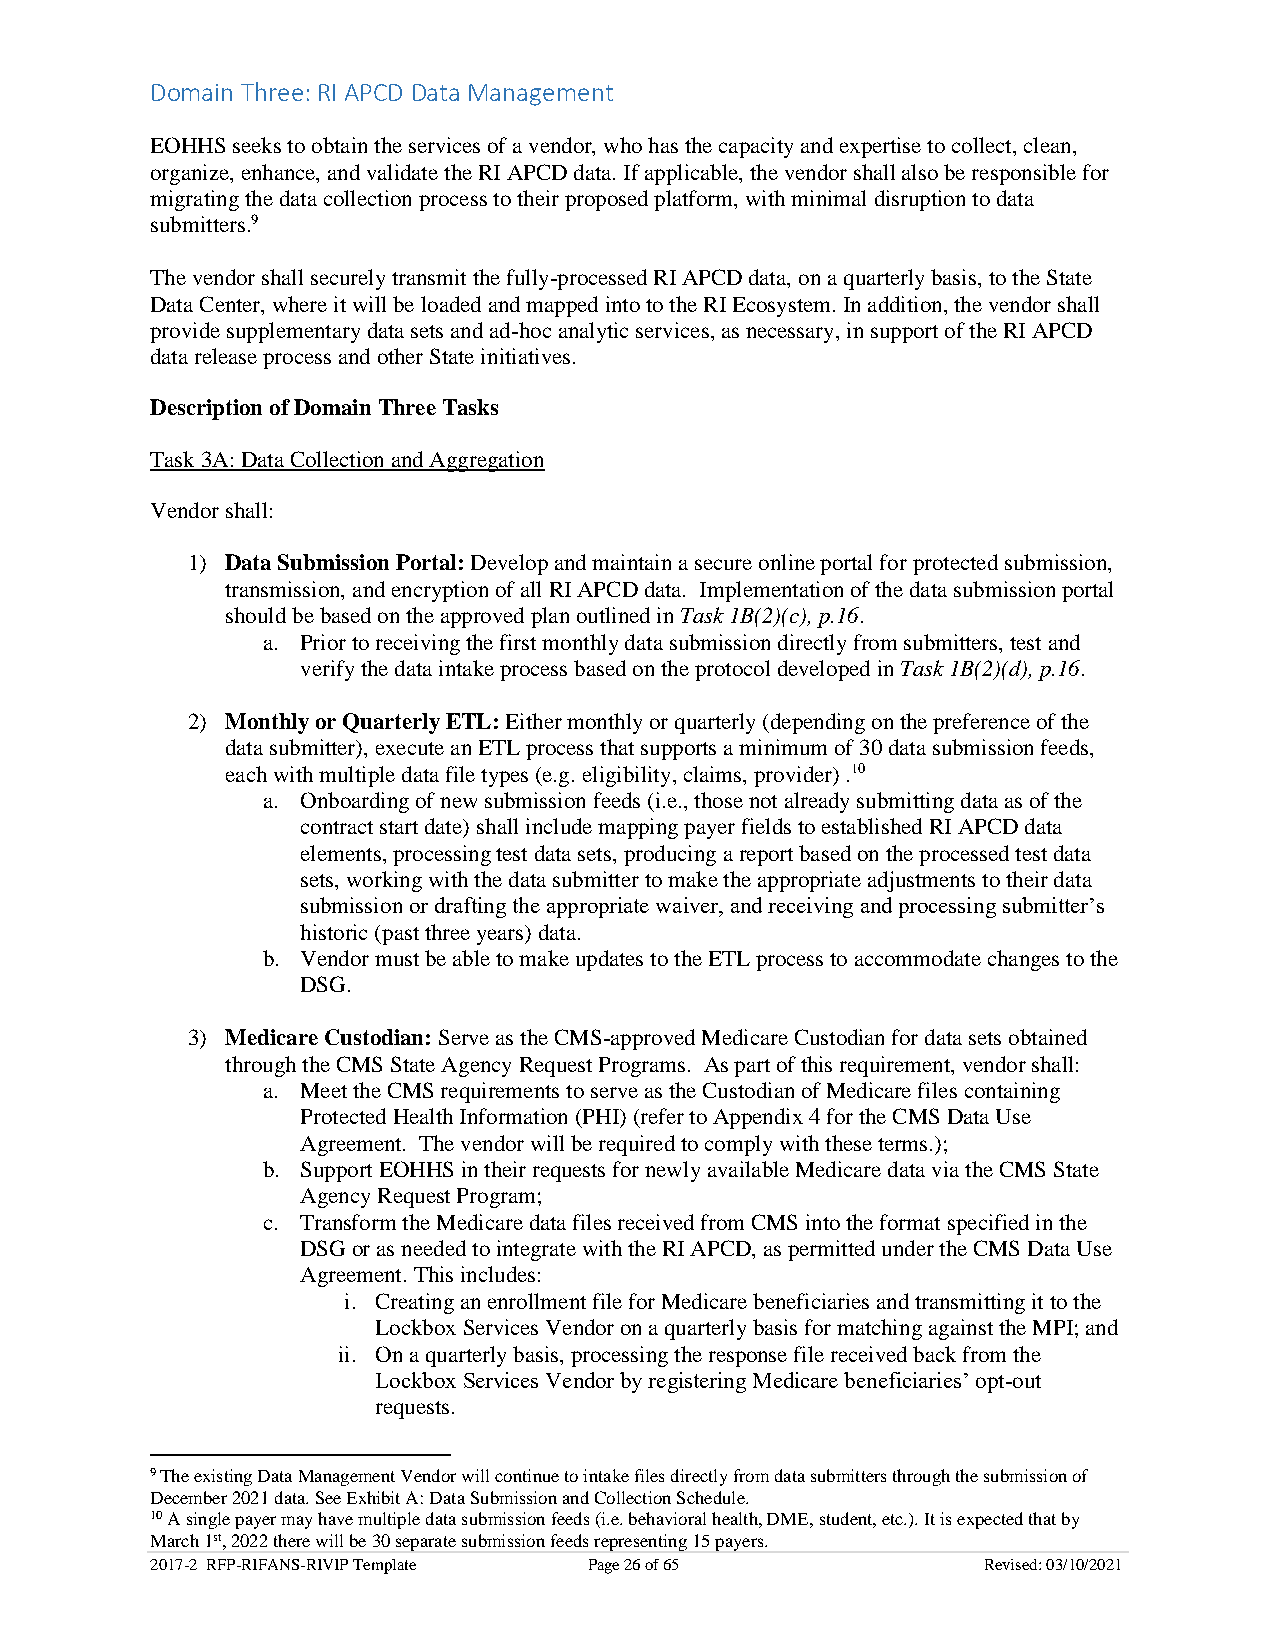
Domain Three: RI APCD Data Management
 EOHHS seeks to obtain the services of a vendor, who has the capacity and expertise to collect, clean,
 organize, enhance, and validate the RI APCD data. If applicable, the vendor shall also be responsible for
 migrating the data collection process to their proposed platform, with minimal disruption to data
 submitters.9
 The vendor shall securely transmit the fully-processed RI APCD data, on a quarterly basis, to the State
 Data Center, where it will be loaded and mapped into to the RI Ecosystem. In addition, the vendor shall
 provide supplementary data sets and ad-hoc analytic services, as necessary, in support of the RI APCD
 data release process and other State initiatives.
 Description of Domain Three Tasks
 Task 3A: Data Collection and Aggregation
 Vendor shall:
 1) Data Submission Portal: Develop and maintain a secure online portal for protected submission,
 transmission, and encryption of all RI APCD data. Implementation of the data submission portal
 should be based on the approved plan outlined in Task 1B(2)(c), p.16.
 a. Prior to receiving the first monthly data submission directly from submitters, test and
 verify the data intake process based on the protocol developed in Task 1B(2)(d), p.16.
 2) Monthly or Quarterly ETL: Either monthly or quarterly (depending on the preference of the
 data submitter), execute an ETL process that supports a minimum of 30 data submission feeds,
 each with multiple data file types (e.g. eligibility, claims, provider) .10
 a. Onboarding of new submission feeds (i.e., those not already submitting data as of the
 contract start date) shall include mapping payer fields to established RI APCD data
 elements, processing test data sets, producing a report based on the processed test data
 sets, working with the data submitter to make the appropriate adjustments to their data
 submission or drafting the appropriate waiver, and receiving and processing submitter’s
 historic (past three years) data.
 b. Vendor must be able to make updates to the ETL process to accommodate changes to the
 DSG.
 3) Medicare Custodian: Serve as the CMS-approved Medicare Custodian for data sets obtained
 through the CMS State Agency Request Programs. As part of this requirement, vendor shall:
 a. Meet the CMS requirements to serve as the Custodian of Medicare files containing
 Protected Health Information (PHI) (refer to Appendix 4 for the CMS Data Use
 Agreement. The vendor will be required to comply with these terms.);
 b. Support EOHHS in their requests for newly available Medicare data via the CMS State
 Agency Request Program;
 c. Transform the Medicare data files received from CMS into the format specified in the
 DSG or as needed to integrate with the RI APCD, as permitted under the CMS Data Use
 Agreement. This includes:
 i. Creating an enrollment file for Medicare beneficiaries and transmitting it to the
 Lockbox Services Vendor on a quarterly basis for matching against the MPI; and
 ii. On a quarterly basis, processing the response file received back from the
 Lockbox Services Vendor by registering Medicare beneficiaries’ opt-out
 requests.
 9 The existing Data Management Vendor will continue to intake files directly from data submitters through the submission of
 December 2021 data. See Exhibit A: Data Submission and Collection Schedule.
 10 A single payer may have multiple data submission feeds (i.e. behavioral health, DME, student, etc.). It is expected that by
 March 1st, 2022 there will be 30 separate submission feeds representing 15 payers.
 2017-2 RFP-RIFANS-RIVIP Template Page 26 of 65         Revised: 03/10/2021